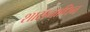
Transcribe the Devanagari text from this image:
शासनाधिन